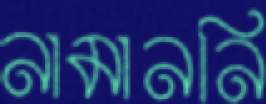
নামাননি